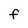
Character: F